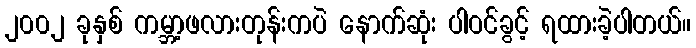
၂၀၀၂ ခုနှစ် ကမ္ဘာ့ဖလားတုန်းကပဲ နောက်ဆုံး ပါဝင်ခွင့် ရထားခဲ့ပါတယ်။